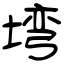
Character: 塆